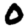
Digit: 0